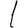
Digit: 1